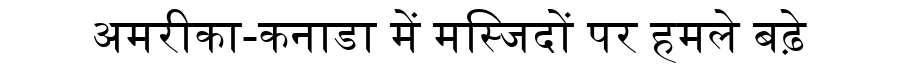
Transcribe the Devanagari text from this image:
अमरीका-कनाडा में मस्जिदों पर हमले बढ़े